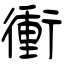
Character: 衝